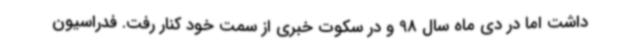
داشت اما در دی ماه سال 98 و در سکوت خبری از سمت خود کنار رفت. فدراسیون